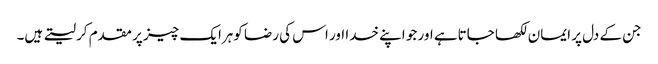
جن کے دل پر ایمان لکھا جاتاہے اور جو اپنے خدا اور اس کی رضا کوہرایک چیز پر مقدم کر لیتے ہیں۔